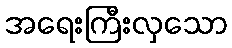
အရေးကြီးလှသော